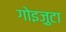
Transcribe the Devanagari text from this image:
गोइज़ुटा